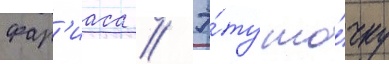
фар'иаса // Э́ту то́чку